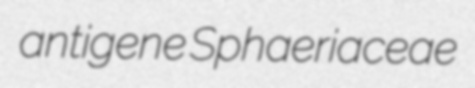
antigene Sphaeriaceae